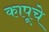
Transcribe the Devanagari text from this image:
कापूचे